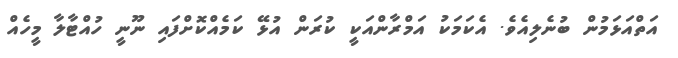
އަތްއަޅަމުން ބުނެލިއެވެ. އެކަމަކު އަމްރާންއަކީ ކުރަން އުޅޭ ކަމެއްކޮށްފައި ނޫނީ ހުއްޓާލާ މީހެއް